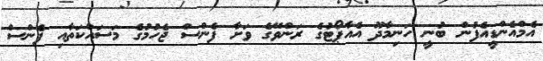
އެމްއެންޑީއެފުން ބުނީ ހަނިމާދޫ އެއާޕޯޓުގެ ރަންވޭގެ ވަށާ ފެންސް ޖެހުމުގެ މަސައްކަތާއި ފެންސް